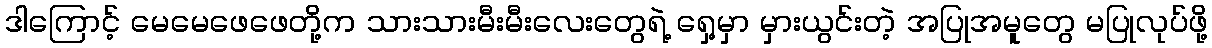
ဒါကြောင့် မေမေဖေဖေတို့က သားသားမီးမီးလေးတွေရဲ့ ရှေ့မှာ မှားယွင်းတဲ့ အပြုအမူတွေ မပြုလုပ်ဖို့